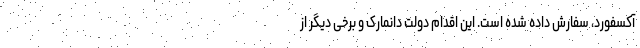
آکسفورد، سفارش داده شده است. این اقدام دولت دانمارک و برخی دیگر از